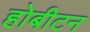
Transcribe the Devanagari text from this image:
होबीटन